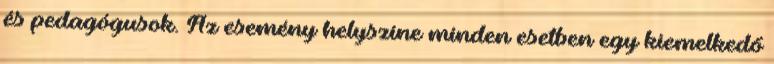
és pedagógusok. Az esemény helyszíne minden esetben egy kiemelkedő